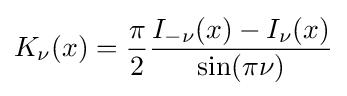
K_{\nu }(x)={\frac {\pi }{2}}{\frac {I_{-\nu }(x)-I_{\nu }(x)}{\sin(\pi \nu )}}